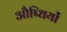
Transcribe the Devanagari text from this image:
औष्धियों